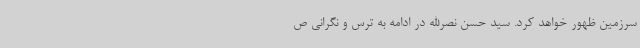
سرزمین ظهور خواهد کرد. سید حسن نصرالله در ادامه به ترس و نگرانی ص